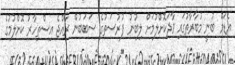
އެޑަމް ބުނީ މުބާރާތުގައި ވާދަކޮށްލުމަށް ލިބުނު ފުރުސަތުގެ ސަބަބުން ރާއްޖެ އިސްތިހާރު ކޮށްލުމުގެ